system: You are a helpful assistant.
user:
Analyze the provided spectrum to determine if it is a **Carbon Star (C-type)**.

- **Key Visual Indicators of Carbon Star:**
    - **(Primary):** Strong molecular absorption from **C₂ (diatomic carbon) "Swan Bands."** This is the **defining feature** of a carbon star.
        - **(Key Bandheads):** Sharp absorption edges are visible at approximately $5635$ Å, $5165$ Å (the strongest band), and $4737$ Å.
        - **(Line Profile):** Creates a distinct **"saw-tooth"** pattern. The key morphology is a sharp, steep bandhead on the **red (long-wavelength) side**, which then gradually tapers off (i.e., flux recovers) towards the **blue (short-wavelength) side**. *(This is the direct opposite of the TiO bands seen in M-type stars)*.

    - **(Secondary):** Intense **CN (cyanogen)** molecular absorption bands.
        - **(Key Bandheads):** Located in the blue and violet regions of the spectrum (e.g., near $4215$ Å and $3883$ Å).
        - **(Morphology):** These bands are extremely broad and act as a "blanket," absorbing the vast majority of blue and violet light. This creates a characteristic **"cliff"** or **"steep drop-off"** in the spectrum's flux at short wavelengths.

    - **(Key Confirmation):** Strong **CH absorption band (G-band)**.
        - **(Key Bandhead):** Located around $4300$ Å. The contribution from CH molecules to this band is exceptionally strong.

    - **(Overall Spectrum):**
        - The continuum is severely "chopped up" by these deep molecular bands, especially C₂, rather than appearing as a smooth curve.
        - Due to the heavy CN and C₂ absorption in the blue-green, the vast majority of the star's flux is concentrated in the red part of the spectrum, giving the star its characteristic deep red color.

Think first, call **spectral_visualization_tool** if needed to examine features in detail, then provide your final answer. Your response must adhere to the following strict rules:
1.  **Overall Structure:** Your response must follow the format `<think>...</think> <tool_call>...</tool_call> (if a tool is used) <answer>...</answer>`.
2.  **Tool Usage Constraint:** You may only make **one** tool call per turn.
3.  **Final Answer Format:** In the `<answer>` tag, your conclusion must be inside a `\boxed{}` command (e.g., `\boxed{YES}`), followed by your justification.

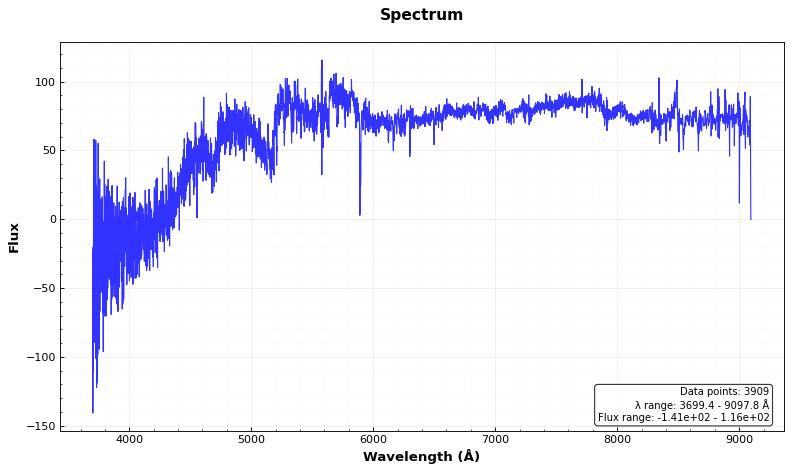
Answer: YES